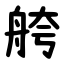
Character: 舿